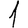
Digit: 1